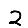
Digit: 2